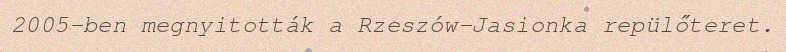
2005-ben megnyitották a Rzeszów-Jasionka repülőteret.